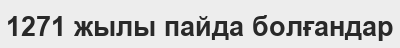
1271 жылы пайда болғандар